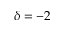
\delta = - 2